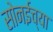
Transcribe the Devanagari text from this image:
सोनईच्या